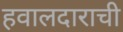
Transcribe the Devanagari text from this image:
हवालदाराची